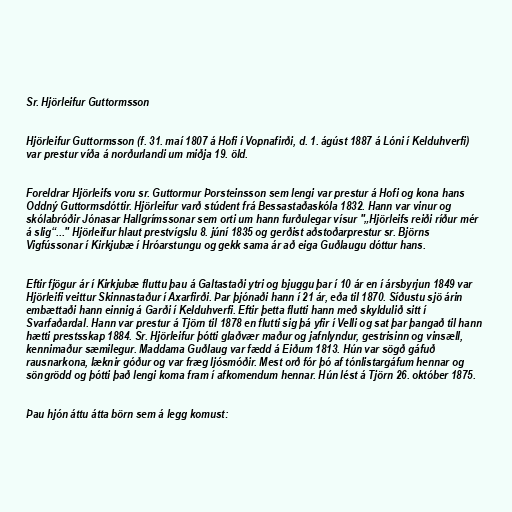
Sr. Hjörleifur Guttormsson

Hjörleifur Guttormsson (f. 31. maí 1807 á Hofi í Vopnafirði, d. 1. ágúst 1887 á Lóni í Kelduhverfi)
var prestur víða á norðurlandi um miðja 19. öld.

Foreldrar Hjörleifs voru sr. Guttormur Þorsteinsson sem lengi var prestur á Hofi og kona hans
Oddný Guttormsdóttir. Hjörleifur varð stúdent frá Bessastaðaskóla 1832. Hann var vinur og
skólabróðir Jónasar Hallgrímssonar sem orti um hann furðulegar vísur "„Hjörleifs reiði ríður mér
á slig“..." Hjörleifur hlaut prestvígslu 8. júní 1835 og gerðist aðstoðarprestur sr. Björns
Vigfússonar í Kirkjubæ í Hróarstungu og gekk sama ár að eiga Guðlaugu dóttur hans.

Eftir fjögur ár í Kirkjubæ fluttu þau á Galtastaði ytri og bjuggu þar í 10 ár en í ársbyrjun 1849 var
Hjörleifi veittur Skinnastaður í Axarfirði. Þar þjónaði hann í 21 ár, eða til 1870. Síðustu sjö árin
embættaði hann einnig á Garði í Kelduhverfi. Eftir þetta flutti hann með skyldulið sitt í
Svarfaðardal. Hann var prestur á Tjörn til 1878 en flutti sig þá yfir í Velli og sat þar þangað til hann
hætti prestsskap 1884. Sr. Hjörleifur þótti glaðvær maður og jafnlyndur, gestrisinn og vinsæll,
kennimaður sæmilegur. Maddama Guðlaug var fædd á Eiðum 1813. Hún var sögð gáfuð
rausnarkona, læknir góður og var fræg ljósmóðir. Mest orð fór þó af tónlistargáfum hennar og
söngrödd og þótti það lengi koma fram í afkomendum hennar. Hún lést á Tjörn 26. október 1875.

Þau hjón áttu átta börn sem á legg komust: